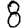
Digit: 8